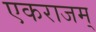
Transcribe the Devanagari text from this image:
एकराजम्